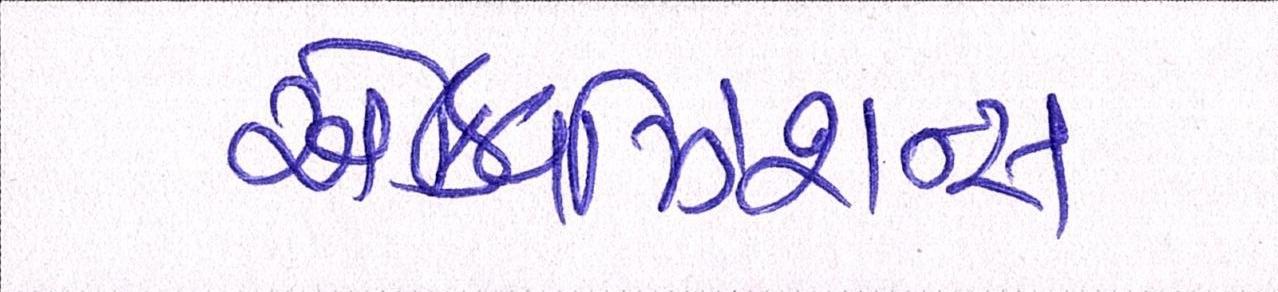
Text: એક્વિઝિશન્સ